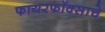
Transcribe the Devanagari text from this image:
फायरफॉक्साचे